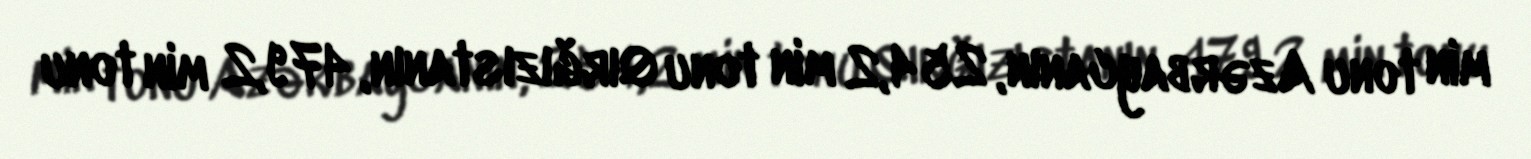
min tonu Azərbaycanın, 254,2 min tonu Qırğızıstanın, 479,2 min tonu